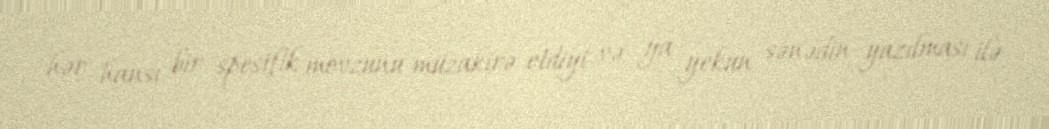
hər hansı bir spesifik mövzunu müzakirə etdiyi və ya yekun sənədin yazılması ilə